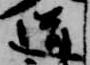
道